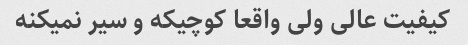
کیفیت عالی ولی واقعا کوچیکه و سیر نمیکنه